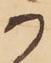
か